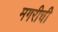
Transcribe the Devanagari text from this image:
मगरीची